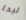
ليدا